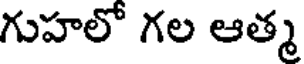
గుహలో గల ఆత్మ